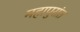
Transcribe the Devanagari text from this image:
महापुरांत